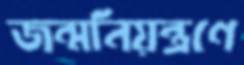
জন্মনিয়ন্ত্রণে